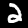
Digit: 2